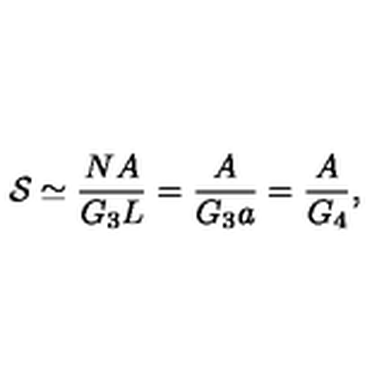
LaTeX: { \cal { S } } \simeq \frac { N A } { G _ { 3 } L } = \frac { A } { G _ { 3 } a } = \frac { A } { G _ { 4 } } ,